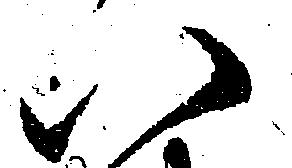
八